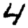
Digit: 4